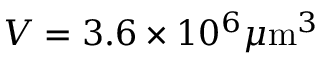
V = 3 . 6 \times 1 0 ^ { 6 } \mu \mathrm { m } ^ { 3 }